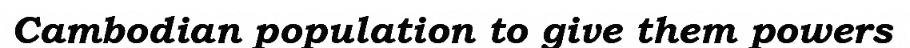
Cambodian population to give them powers